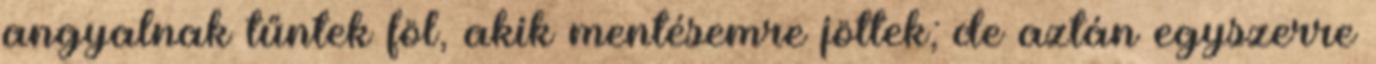
angyalnak tűntek föl, akik mentésemre jöttek; de aztán egyszerre